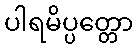
ပါရမိပ္ပတ္တော